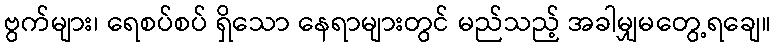
ဗွက်များ၊ ရေစပ်စပ် ရှိသော နေရာများတွင် မည်သည့် အခါမျှမတွေ့ရချေ။